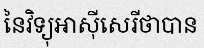
នៃវិទ្យុអាស៊ីសេរីថាបាន